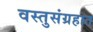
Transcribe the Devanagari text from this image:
वस्तुसंग्रहात